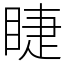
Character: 睫